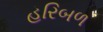
હરિબળ